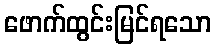
ဖောက်ထွင်းမြင်ရသော